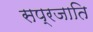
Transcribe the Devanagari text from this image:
सप्रजाति